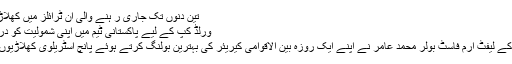
تین دنوں تک جاری ر ہنے والی ان ٹرائلز میں کھلاڑیوں کی صلا
ورلڈ کپ کے لیے پاکستانی ٹیم میں اپنی شمولیت کو درست ثابت کیا
لندن/پاکستان کے لیفٹ آرم فاسٹ بولر محمد عامر نے اپنے ایک روزہ بین الاقوامی کیریئر کی بہترین بولنگ کرتے ہوئے پانچ آسٹریلوی کھلاڑیوں کا شکار کیا۔